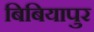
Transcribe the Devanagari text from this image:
बिबियापुर